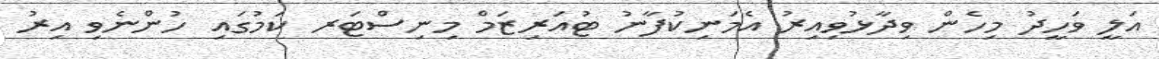
އަލީ ވަހީދު މިހެން ވިދާޅުވިއިރު އެމަނިކުފާނު ޓުއަރިޒަމް މިނިސްޓަރ ކަމުގައި ހުންނެވި އިރު